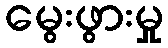
မွေးဖွားမှု